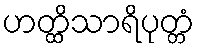
ဟတ္ထိသာရိပုတ္တံ